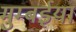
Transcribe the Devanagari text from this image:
मुम्बईया